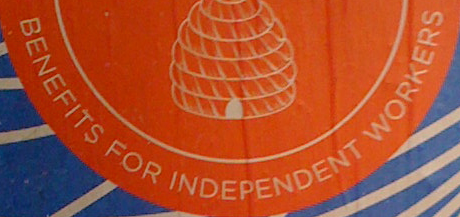
BENEFITS FOR INDEPENDENT WORKERS